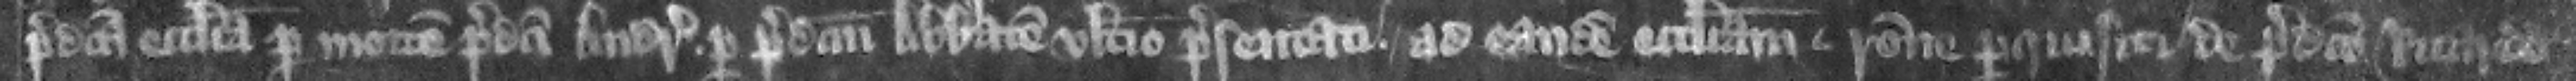
predicta ecclesia per mortem predicti Andree per predictum abbatem vltimo presentati ad eandem ecclesiam racione perquisiti de predicto Ricardo